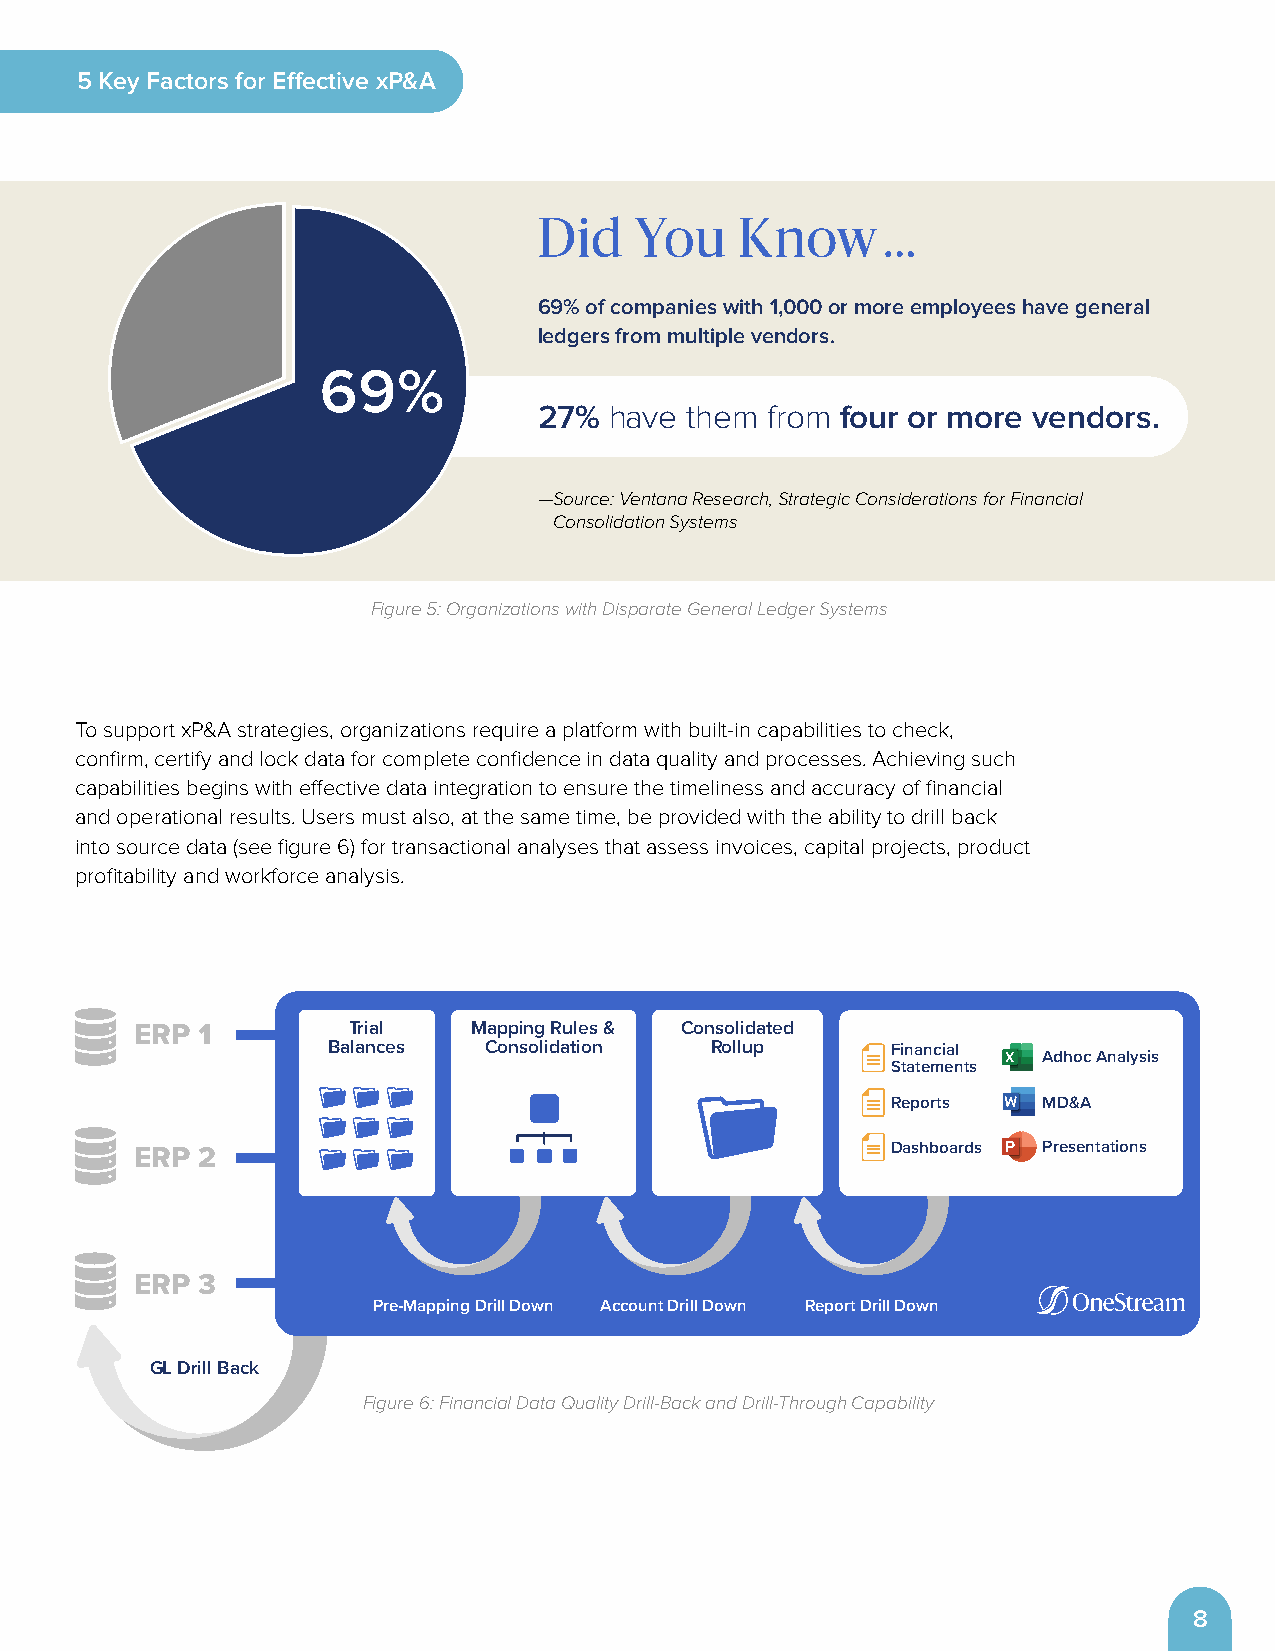
5 Key Factors for Effective xP&A
 Did   You    Know     …
 69% of companies with 1,000 or more employees have general
 ledgers from multiple vendors.
 69%
 27% have them  from four or more vendors.
 — Source: Ventana Research, Strategic Considerations for Financial
 Consolidation Systems
 Figure 5: Organizations with Disparate General Ledger Systems
 To support xP&A strategies, organizations require a platform with built-in capabilities to check,
 confirm, certify and lock data for complete confidence in data quality and processes . Achieving such
 capabilities begins with effective data integration to ensure the timeliness and accuracy of financial
 and operational results . Users must also, at the same time, be provided with the ability to drill back
 into source data (see figure 6) for transactional analyses that assess invoices, capital projects, product
 profitability and workforce analysis .
 ERP 1         Trial   Mapping Rules & Consolidated
 Balances  Consolidation  Rollup      Financial
 Adhoc Analysis
 Statements
 Reports   MD&A
 Dashboards Presentations
 ERP 2
 ERP 3
 Pre-Mapping Drill Down Account Drill Down Report Drill Down
 GL Drill Back
 Figure 6: Financial Data Quality Drill-Back and Drill-Through Capability
 8